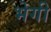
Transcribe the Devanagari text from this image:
भेगी